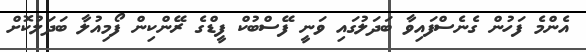
އެންމެ ފަހުން ގެނެސްފައިވާ ބަދަލުގައި ވަނީ ފޭސްބުކް ފީޑްގެ ރޭންކިން ފޯމިއުލާ ބަދަލުކޮށް